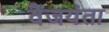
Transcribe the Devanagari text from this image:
वैंजयंता